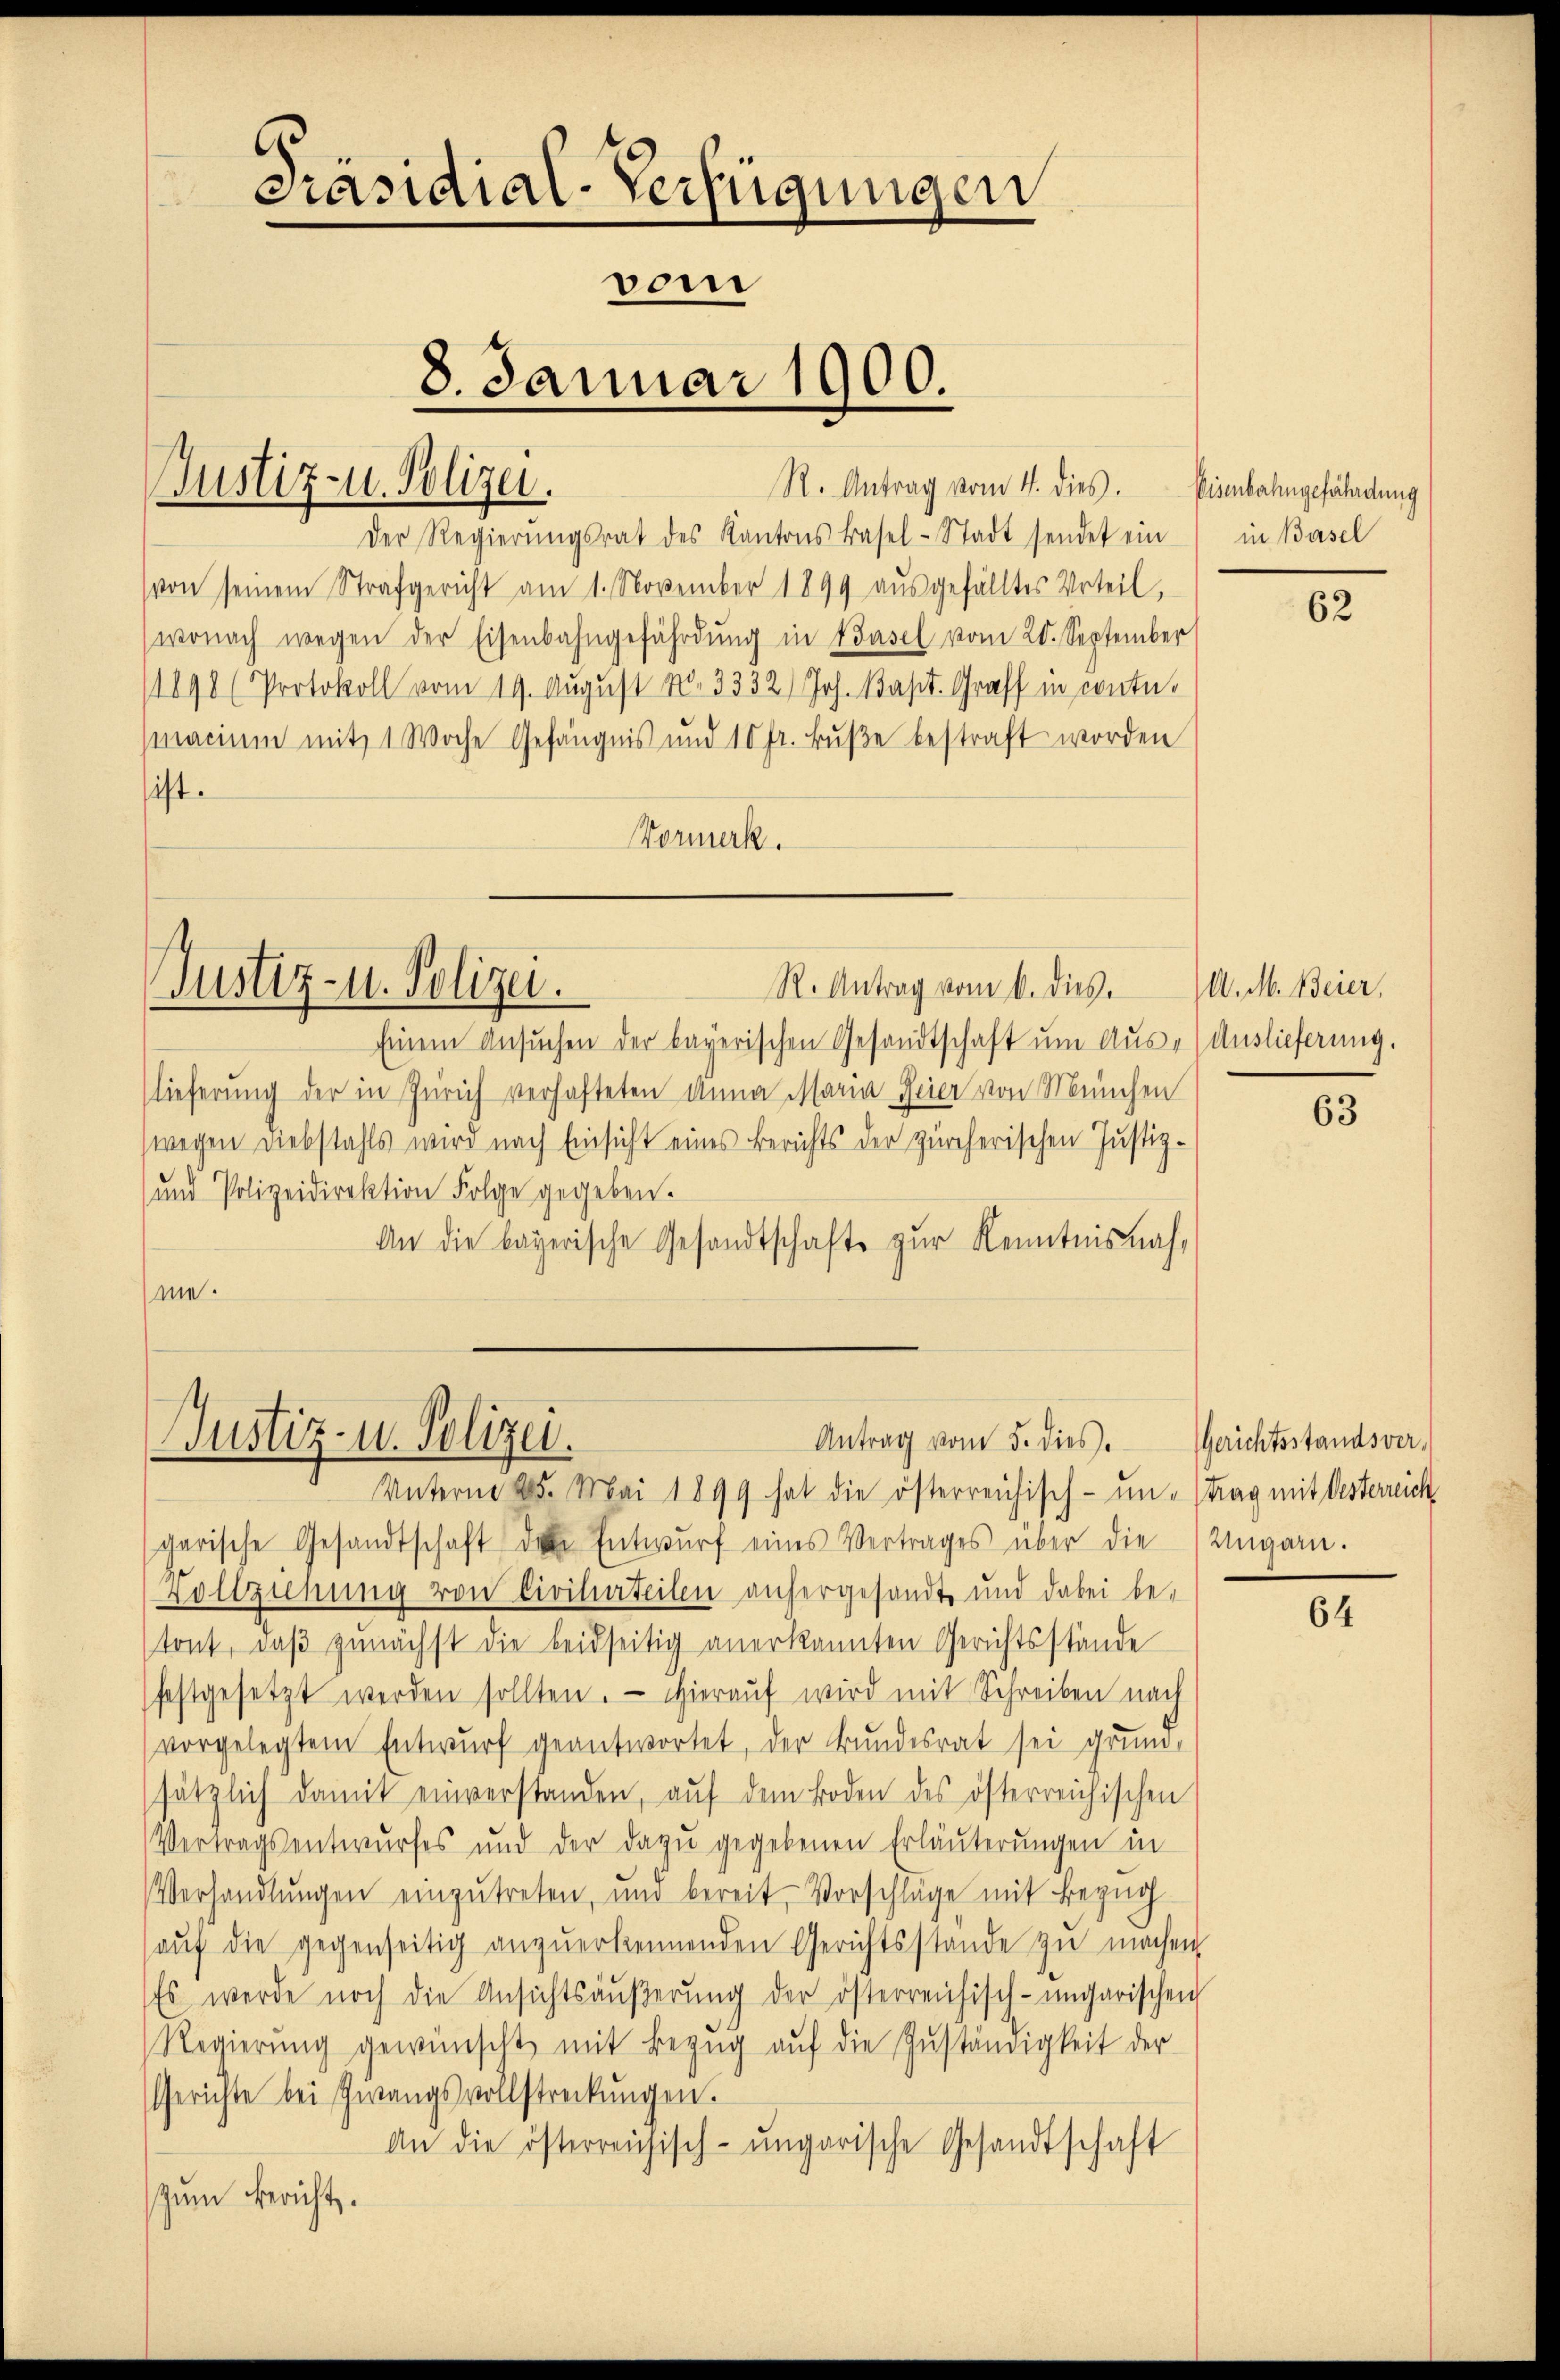
Justiz- u. Polizei.

.
Präsidial-Verfügungen
vom
8. Januar 1900.

Der Regierŭngsrat des Kantons Basel-Stadt sendet ein
von seinem Strafgericht am 1. November 1899 aŭsgefälltes Urteil,
wonach wegen der Eisenbahngefährdŭng in Basel vom 20. September
(1898 (Protokoll vom 19. August No. 3332) Joh. Bapt. Graff in conte.
macium mit 1 Woche Gefängnis und 10 fr. Bŭβe bestraft worden
ist.
Normerk.

R. Antrag vom 4. dies. Eisenbahngefährdung

Justiz- u. Polizei.
R. Antrag vom 6. dies

Einem Ansuchen der bayerischen Gesandtschaft um Aus- Auslieferung.
lieferung der in Zürich verhafteten Anna Maria Feier von München
(wegen Diebstahls wird nach Einsicht eines Berichts der Zürcherischen Justiz-
und Polizeidirektion Folge gegeben.
An die bayerische Gesandtschafte zur Kenntnisnahme.

Justiz- u. Polizei.
Antrag vom 5. dies. Gerichtsstandsver

in Basel

Unterm 25. Mai 1899 hat die österreichisch- un trag mit Oesterreich
garische Gesandtschaft der Entwŭrf eines Vertrages über die Ungarn.
Vollziehung von Civilurteilen anhergesandt und dabei be-
tont, daß zunächst die beidseitig anerkannten Gerichtsstände
festgesetzt werden sollten. Hierauf wird mit Schreiben nach
vorgelegtem Entwurf geantwortet, der Bundesrat sei grund-
sätzlich damit einverstanden, aŭf dem Boden des österreichischen
Vertragsentwurfes und der dazu gegebenen Erläuterungen in
Verhandlŭngen einzŭtreten, und bereit, Vorschläge mit Bezüg-
aŭf die gegenseitig anzŭerkennenden Gerichtsstande zŭ machen
Es werde noch die Ansichtsäŭβerŭng der österreichisch-ungarischen
Regierŭng gewünscht mit Bezŭg aŭf die Zŭständigkeit der
Gerichte bei Zwangsvollstreckungen.
An die österreichisch-ungarische Gesandtschaft
zum Bericht.

62

U. M. Beier,

63

64